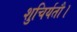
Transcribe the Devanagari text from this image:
शुचिर्यतौ।